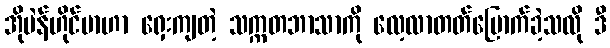
အိုပဲန်ဟိုင်မာဟာ ရှေးကျတဲ့ သက္ကတဘာသာကို လေ့လာတတ်မြောက်ခဲ့သလို ဒီ